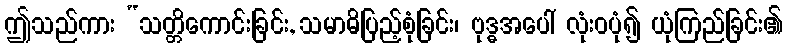
ဤသည်ကား “သတ္တိကောင်းခြင်း, သမာဓိပြည့်စုံခြင်း၊ ဗုဒ္ဓအပေါ် လုံးဝပုံ၍ ယုံကြည်ခြင်း၏